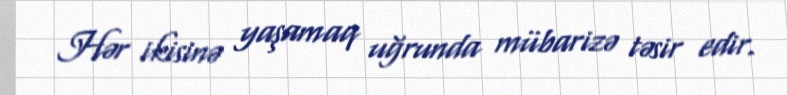
Hər ikisinə yaşamaq uğrunda mübarizə təsir edir.